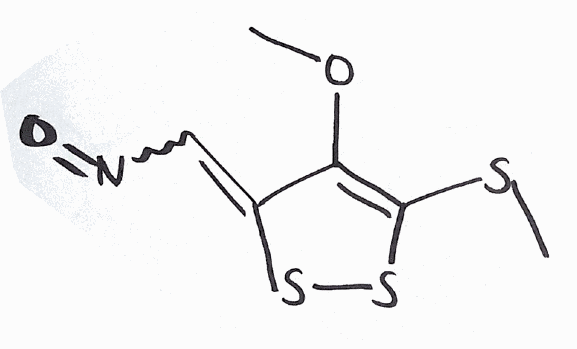
Simplified molecular-input line-entry system (SMILES) notation of the given molecule:
COC\1=C(SS/C1=C\N=O)SC